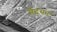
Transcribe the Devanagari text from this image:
मैटसन